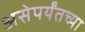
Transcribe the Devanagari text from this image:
असेपर्यंतच्या